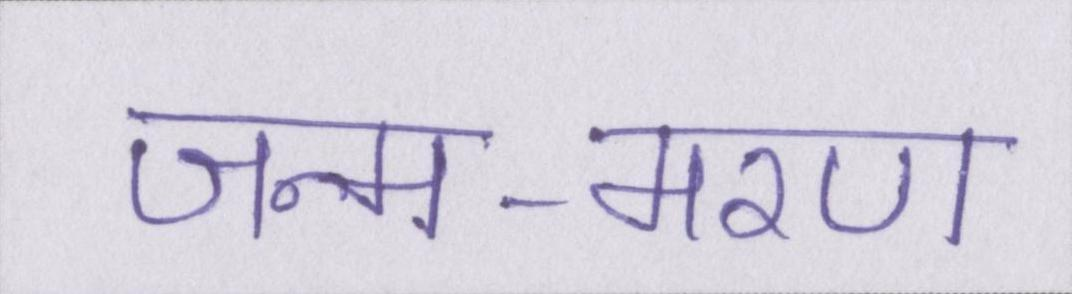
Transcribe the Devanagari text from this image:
जन्म-मरण